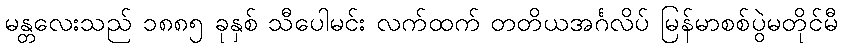
မန္တလေးသည် ၁၈၈၅ ခုနှစ် သီပေါမင်း လက်ထက် တတိယအင်္ဂလိပ် မြန်မာစစ်ပွဲမတိုင်မီ